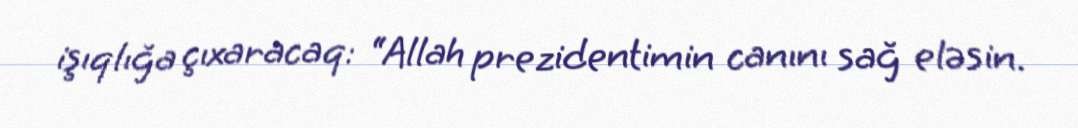
işıqlığa çıxaracaq: “Allah prezidentimin canını sağ eləsin.